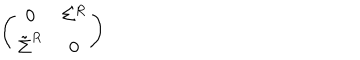
\left( \begin{array} { c c } { { 0 } } & { { \Sigma ^ { R } } } \\ { { \tilde { \Sigma } ^ { R } } } & { { 0 } } \\ \end{array} \right)